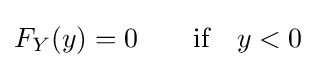
F_{Y}(y)=0\qquad {\hbox{if}}\quad y<0